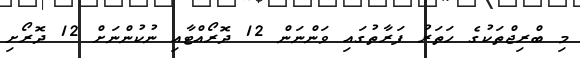
މި ބްރިޖްތަކުގެ ހަތަރު ފަރާތުގައި ވަންނަން 12 ދޮރޯއްޓާއި ނުކުންނަށް 12 ދޮރޯށި